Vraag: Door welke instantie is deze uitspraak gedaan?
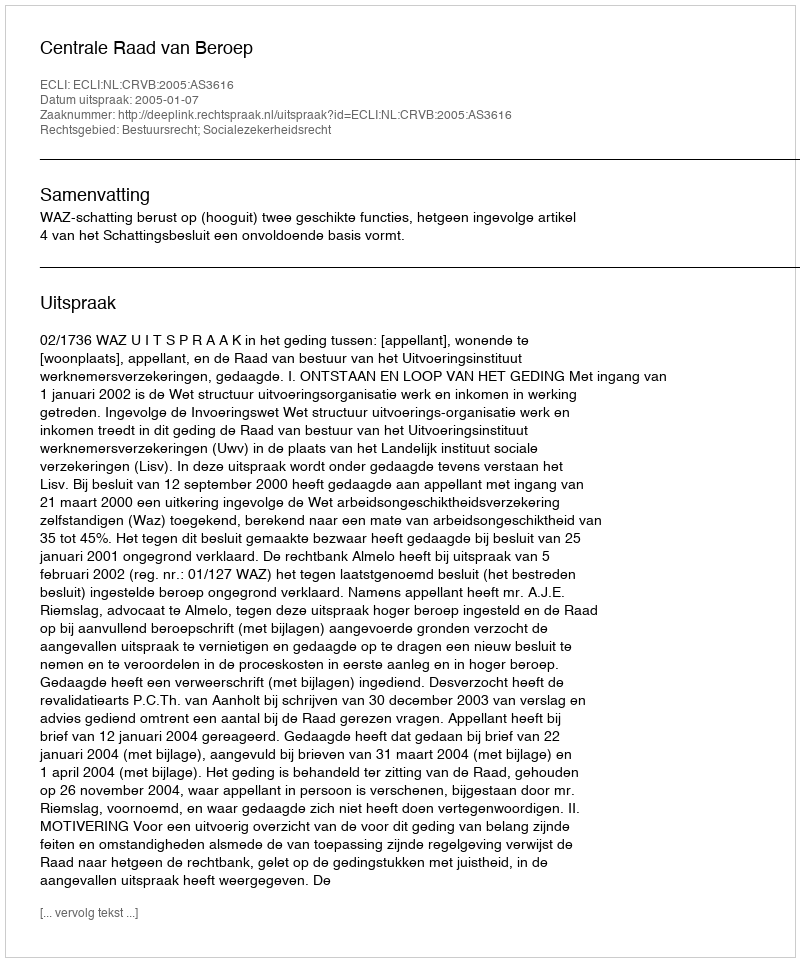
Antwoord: Centrale Raad van Beroep